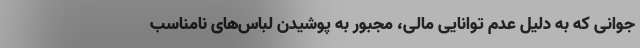
جوانی که به دلیل عدم توانایی مالی، مجبور به پوشیدن لباس‌های نامناسب